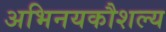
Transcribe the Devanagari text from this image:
अभिनयकौशल्य